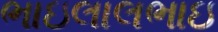
ભાઇલાલભાઇ